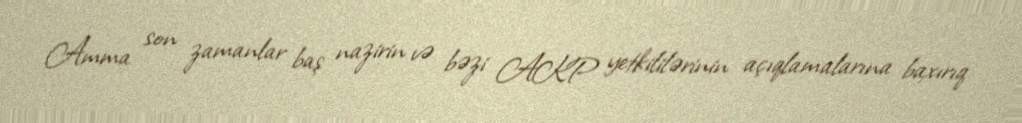
Amma son zamanlar baş nazirin və bəzi AKP yetkililərinin açıqlamalarına baxırıq